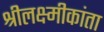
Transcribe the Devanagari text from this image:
श्रीलक्ष्मीकांता